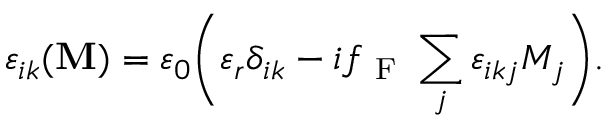
\varepsilon _ { i k } ( \boldsymbol { \mathbf { M } } ) = \varepsilon _ { 0 } \bigg ( \varepsilon _ { r } \delta _ { i k } - i f _ { \mathrm { ~ F ~ } } \sum _ { j } \varepsilon _ { i k j } M _ { j } \bigg ) .